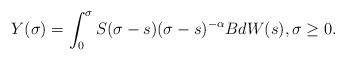
LaTeX: \begin{align*}Y(\sigma) = \int_0^{\sigma}S(\sigma-s)(\sigma - s)^{-\alpha}BdW(s), \sigma \geq 0.\end{align*}